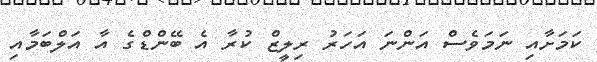
ކަމަށާއި ނަމަވެސް އަންނަ އަހަރު ރިލީޒް ކުރާ އެ ބޭންޑްގެ އާ އަލްބަމާއި